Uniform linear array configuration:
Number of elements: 64
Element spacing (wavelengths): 0.5
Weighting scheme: exponential
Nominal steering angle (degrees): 45
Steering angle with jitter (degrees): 46.17
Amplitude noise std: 0.05
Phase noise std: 0.05

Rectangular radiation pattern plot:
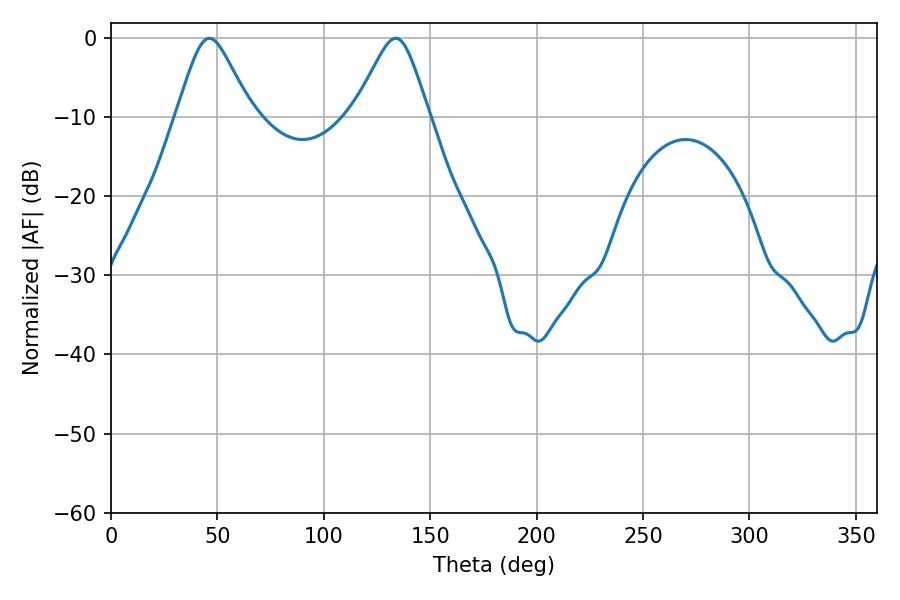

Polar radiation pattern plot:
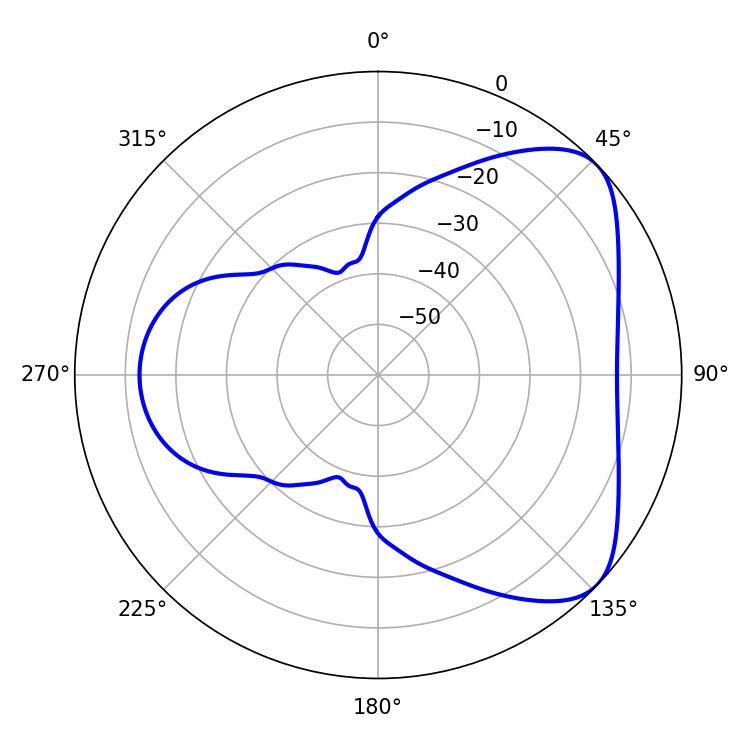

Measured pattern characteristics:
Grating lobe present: FALSE
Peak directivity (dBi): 5.835
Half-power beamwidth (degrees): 16.74
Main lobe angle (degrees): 46.26